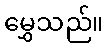
မွှေသည်။